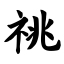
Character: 祧